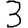
Digit: 3